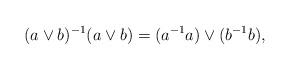
LaTeX: \begin{align*}(a\vee b)^{-1}(a\vee b)=(a^{-1}a)\vee(b^{-1}b),\end{align*}